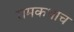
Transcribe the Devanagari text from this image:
रामकथाच